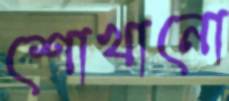
শোখানো